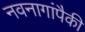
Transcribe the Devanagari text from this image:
नवनागांपैकी